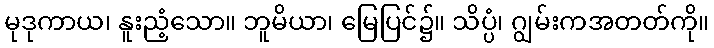
မုဒုကာယ၊ နူးညံ့သော။ ဘူမိယာ၊ မြေပြင်၌။ သိပ္ပံ၊ ဂျွမ်းကအတတ်ကို။